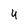
Character: 4